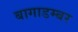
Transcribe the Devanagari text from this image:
बागाडम्बर